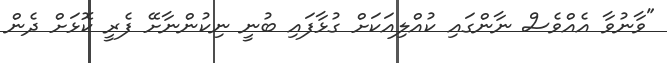
"ވާނުވާ އެއްވެސް ނާންގައި ކުއްލިއަކަށް ގުޅާފައި ބުނީ ނިކުންނާށޭ ފެރީ ކޮޅަށް ދެން